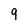
Character: 9